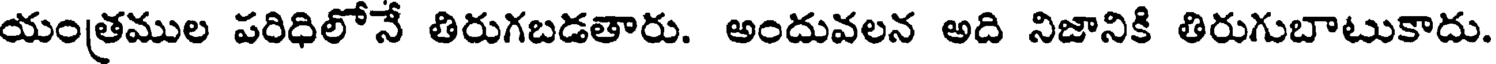
యంత్రముల పరిధిలోనే తిరుగబడతారు. అందువలన అది నిజానికి తిరుగుబాటుకాదు.